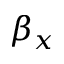
\beta _ { x }